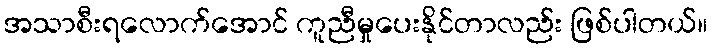
အသာစီးရလောက်အောင် ကူညီမှုပေးနိုင်တာလည်း ဖြစ်ပါတယ်။